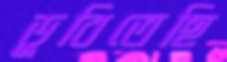
ডুবিতেছি